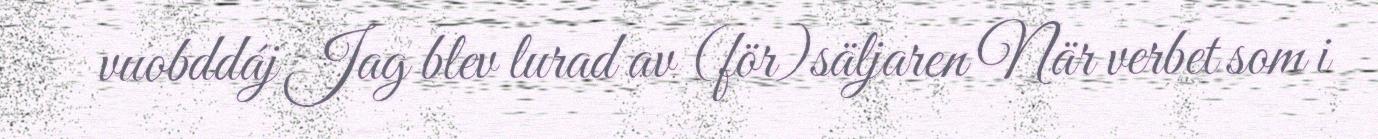
vuobddáj Jag blev lurad av (för)säljaren När verbet som i